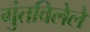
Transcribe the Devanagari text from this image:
गुंतविलेले